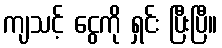
ကျသင့် ငွေကို ရှင်း ပြီးပြီ။